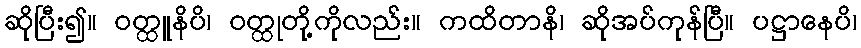
ဆိုပြီး၍။ ဝတ္ထူနိပိ၊ ဝတ္ထုတို့ကိုလည်း။ ကထိတာနိ၊ ဆိုအပ်ကုန်ပြီ။ ပဋ္ဌာနေပိ၊